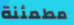
مطمئنة